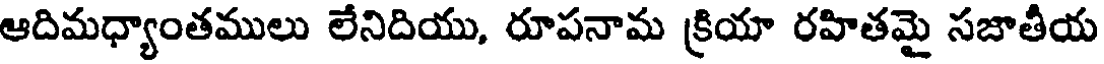
ఆదిమధ్యాంతములు లేనిదియు, రూపనామ క్రియా రహితమై సజాతీయ